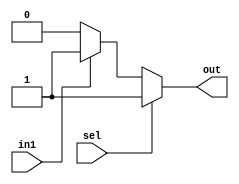
`timescale 1ns / 1ps
//////////////////////////////////////////////////////////////////////////////////
// Company: 
// Engineer: 
// 
// Design Name: 
// Module Name:    BRANCH_MUX 
// Project Name: 
// Target Devices: 
// Tool versions: 
// Description: 
//
// Dependencies: 
//
// Revision: 
// Revision 0.01 - File Created
// Additional Comments: 
//
//////////////////////////////////////////////////////////////////////////////////
module BRANCH_MUX(in1,out,sel );
	input in1;
	output out;
	input sel;
	assign out= sel ? 1: (in1?1:0);
endmodule